Problem: 18 ÷ 2 = ?
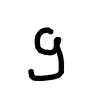
Handwritten answer: 9